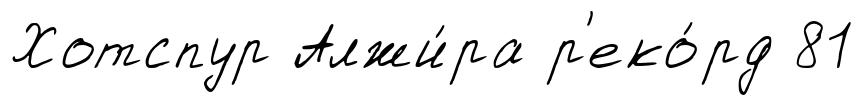
Хотспур Алжи́ра р'еко́рд 81